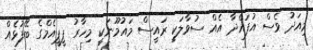
މިއަދު ވެސް އުފައްދާ އެއް ސުވާލަކީ ރައީސް މައުމޫނަކީ މިހާރު ޕީޕީއެމްގެ ބޭފުޅެއް